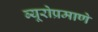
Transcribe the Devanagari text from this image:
ब्यूरोप्रमाणे